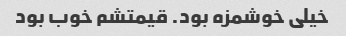
خیلی خوشمزه بود. قیمتشم خوب بود